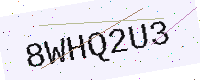
Text: 8WHQ2U3